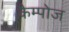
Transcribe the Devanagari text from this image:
कैम्पोज